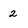
Character: 2